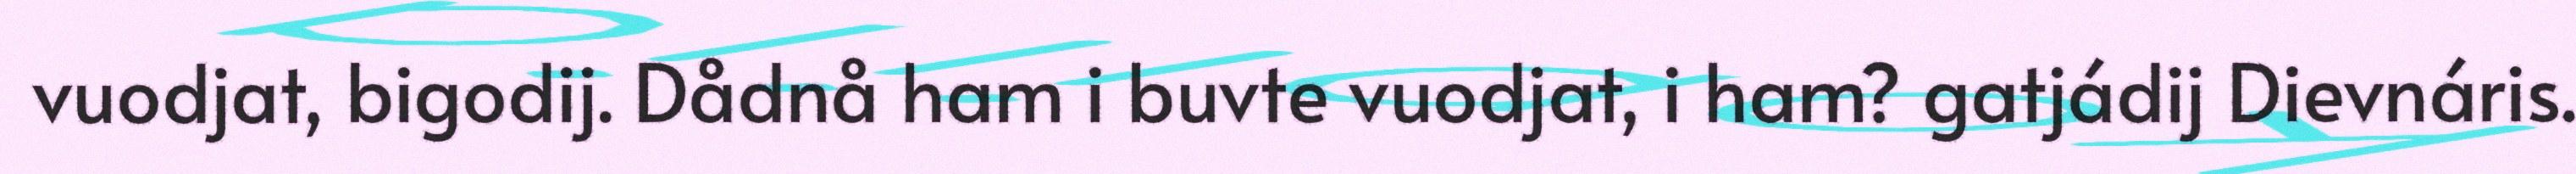
vuodjat, bigodij. Dådnå ham i buvte vuodjat, i ham? gatjádij Dievnáris.